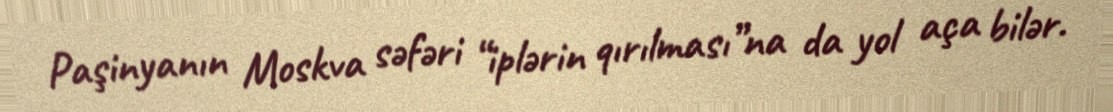
Paşinyanın Moskva səfəri “iplərin qırılması”na da yol aça bilər.